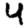
Digit: 4